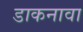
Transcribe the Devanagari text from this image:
डाकनावा